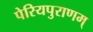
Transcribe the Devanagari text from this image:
पेरियपुराणम्